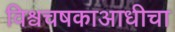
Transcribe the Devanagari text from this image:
विश्वचषकाआधीचा